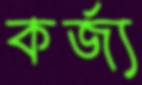
কর্জ্য